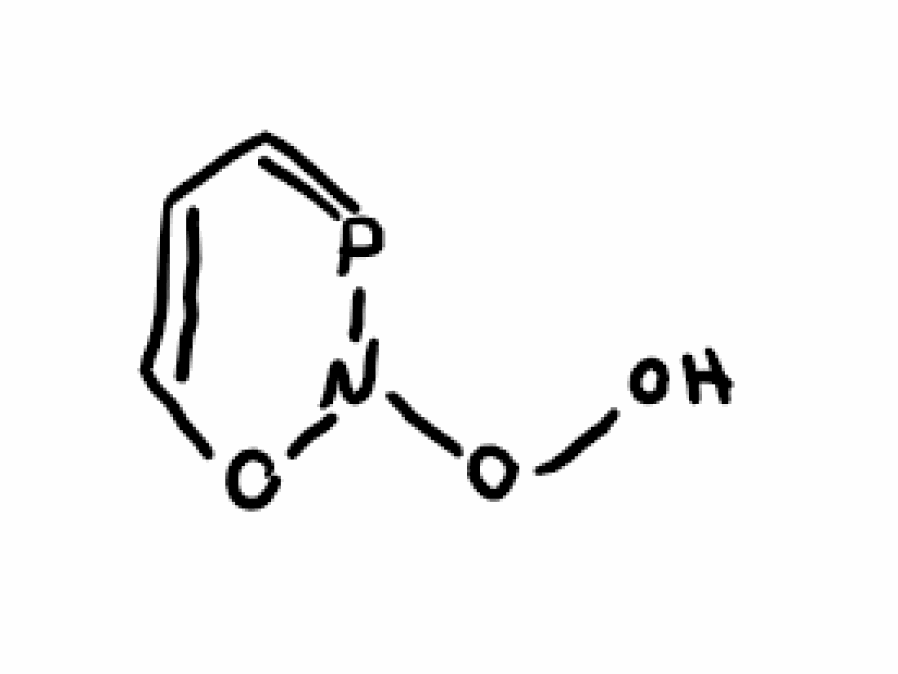
Simplified molecular-input line-entry system (SMILES) notation of the given molecule:
C1=CON(P=C1)OO